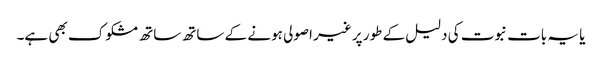
یا یہ بات نبوت کی دلیل کے طور پر غیر اصولی ہونے کے ساتھ ساتھ مشکوک بھی ہے۔